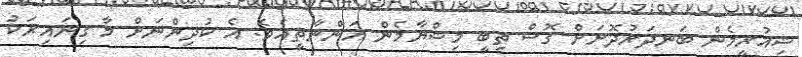
ޝިއުރީމެން ބަނދަރުދޮށަށް ގޮސް ތިބީ މިޝްޔާމެން އަންނާތީއެވެ. އެ ކުދިންނަށް މާ ގިނައިރަކު